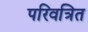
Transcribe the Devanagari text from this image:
परिवत्रित